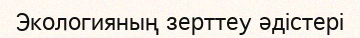
Экологияның зерттеу әдістері